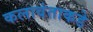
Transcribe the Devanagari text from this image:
कलावंताकडे